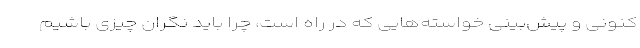
کنونی و پیش‌بینی خواسته‌هایی که در راه است، چرا باید نگران چیزی باشیم